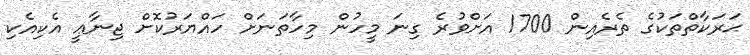
ޙަރަކާތްތަކުގެ ތެރެއިން 1700 އަށްވުރެ ގިނަ މީހުން މިހާތަނަށް ހައްޔަރުކޮށް ޖިނާޢީ އެކިއެކި